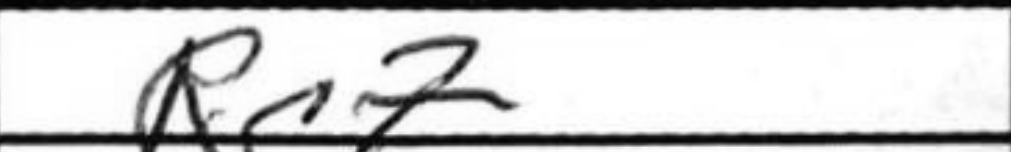
Transcription: Rc7